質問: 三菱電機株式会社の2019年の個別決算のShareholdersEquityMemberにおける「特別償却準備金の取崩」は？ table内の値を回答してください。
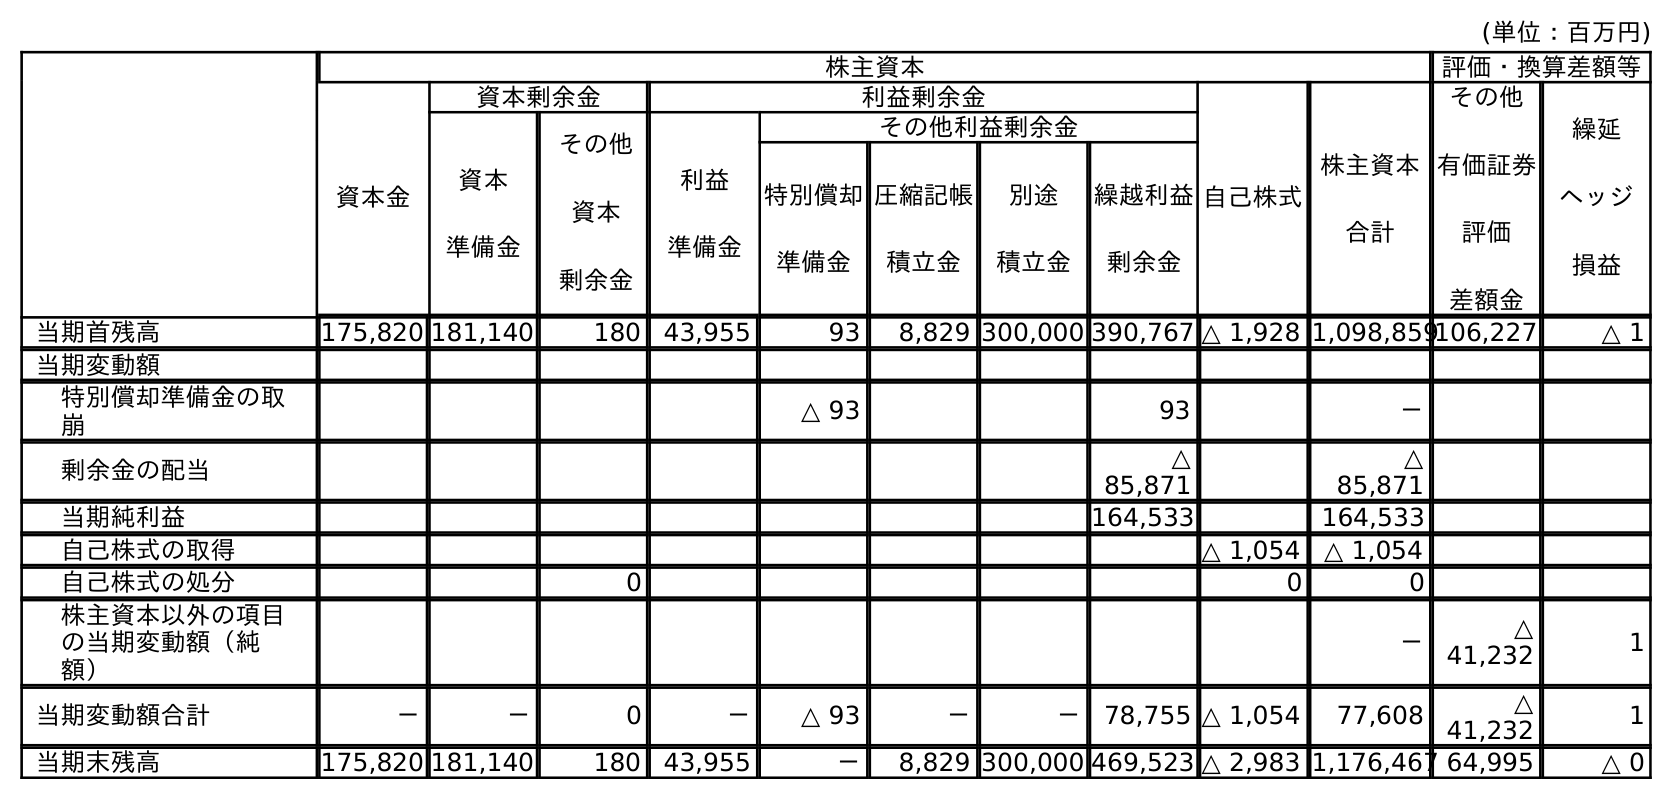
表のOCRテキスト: (単位：百万円) 株主資本 評価・換算差額等 資本金 資本剰余金 利益剰余金 自己株式 株主資本 合計 その他 有価証券 評価 差額金 繰延 ヘッジ 損益 資本 準備金 その他 資本 剰余金 利益 準備金 その他利益剰余金 特別償却 準備金 圧縮記帳 積立金 別途 積立金 繰越利益 剰余金 当期首残高 175,820 181,140 180 43,955 93 8,829 300,000 390,767 △ 1,928 1,098,859106,227 △ 1 当期変動額 特別償却準備金の取 崩 △ 93 93 － 剰余金の配当 △ 85,871 △ 85,871 当期純利益 164,533 164,533 自己株式の取得 △ 1,054 △ 1,054 自己株式の処分 0 0 0 株主資本以外の項目 の当期変動額（純 額） － △ 41,232 1 当期変動額合計 － － 0 － △ 93 － － 78,755 △ 1,054 77,608 △ 41,232 1 当期末残高 175,820 181,140 180 43,955 － 8,829 300,000 469,523 △ 2,983 1,176,467 64,995 △ 0
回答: －